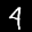
Label: 4